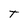
Character: T